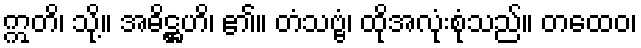
ဣတိ၊ သို့။ အဓိဋ္ဌဟိ၊ ၏။ တံသဗ္ဗံ၊ ထိုအလုံးစုံသည်။ တထေဝ၊